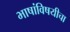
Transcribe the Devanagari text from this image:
भाषांविषयीचा